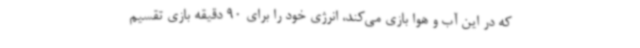
که در این آب و هوا بازی می‌کند، انرژی خود را برای 90 دقیقه بازی تقسیم